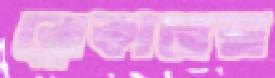
ব্রোকারেরা